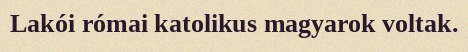
Lakói római katolikus magyarok voltak.